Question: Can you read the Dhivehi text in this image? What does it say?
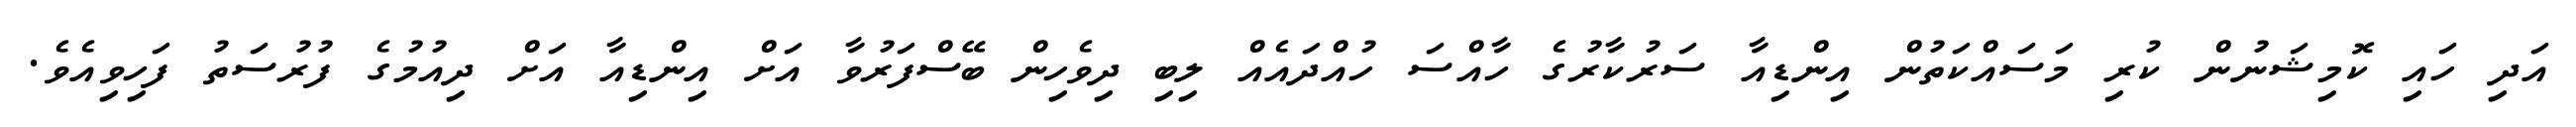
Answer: އަދި ހައި ކޮމިޝަނުން ކުރި މަސައްކަތުން އިންޑިއާ ސަރުކާރުގެ ހާއްސަ ހުއްދައެއް ލިބި ދިވެހިން ބޭސްފަރުވާ އަށް އިންޑިއާ އަށް ދިއުމުގެ ފުރުސަތު ފަހިވިއެވެ.